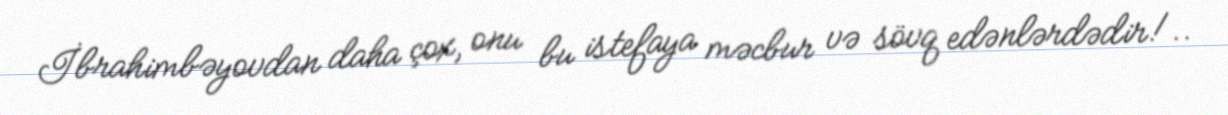
İbrahimbəyovdan daha çox, onu bu istefaya məcbur və sövq edənlərdədir!..